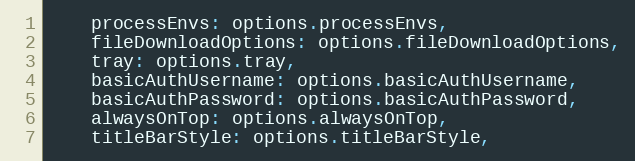
Language: JavaScript
    processEnvs: options.processEnvs,
    fileDownloadOptions: options.fileDownloadOptions,
    tray: options.tray,
    basicAuthUsername: options.basicAuthUsername,
    basicAuthPassword: options.basicAuthPassword,
    alwaysOnTop: options.alwaysOnTop,
    titleBarStyle: options.titleBarStyle,